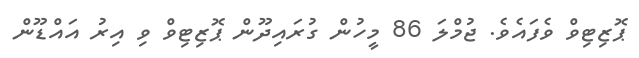
ޕޮޒިޓިވް ވެފައެވެ. ޖުމްލަ 86 މީހުން ގުރައިދޫން ޕޮޒިޓިވް ވި އިރު އައްޑޫން